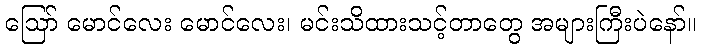
ဪ မောင်လေး မောင်လေး၊ မင်းသိထားသင့်တာတွေ အများကြီးပဲနော်။